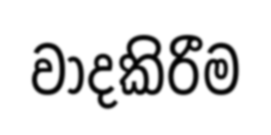
වාදකිරීම